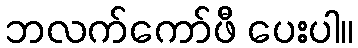
ဘလက်ကော်ဖီ ပေးပါ။